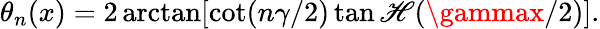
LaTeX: \theta_{n}(x)=2\arctan[\cot(n\gamma/2)\operatorname{tan\mathscr{H}}(\gammax/2)].